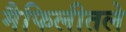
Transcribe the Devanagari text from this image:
मैफिलीतले